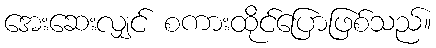
အေးဆေးလျှင် စကားထိုင်ပြောဖြစ်သည်။